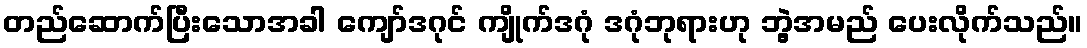
တည်ဆောက်ပြီးသောအခါ ကျော်ဒဂုင် ကျိုက်ဒဂုံ ဒဂုံဘုရားဟု ဘွဲ့အမည် ပေးလိုက်သည်။